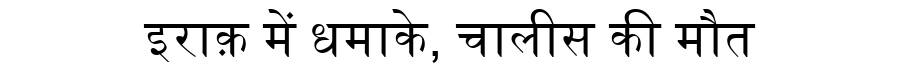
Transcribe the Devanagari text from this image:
इराक़ में धमाके, चालीस की मौत